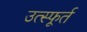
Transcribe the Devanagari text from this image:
उत्‍स्फूर्त